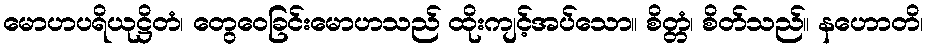
မောဟပရိယုဋ္ဌိတံ၊ တွေဝေခြင်းမောဟသည် ထိုးကျင့်အပ်သော။ စိတ္တံ၊ စိတ်သည်။ နဟောတိ၊